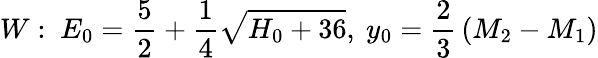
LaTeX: W:~E_{0}={\frac{5}{2}}+{\frac{1}{4}}\sqrt{H_{0}+36},~y_{0}={\frac{2}{3}}\left(M_{2}-M_{1}\right)